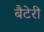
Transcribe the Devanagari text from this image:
बैटेरी